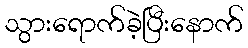
သွားရောက်ခဲ့ပြီးနောက်